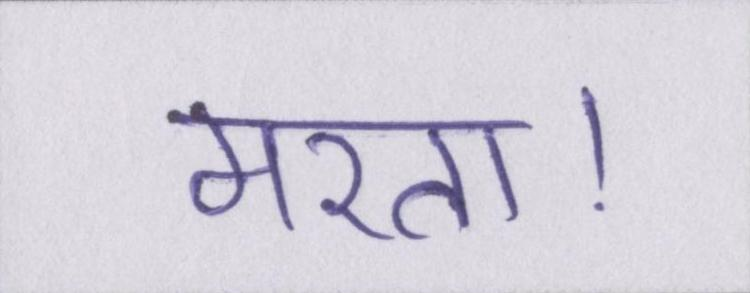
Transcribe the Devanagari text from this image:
मरता।